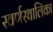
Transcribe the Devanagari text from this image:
स्वर्णस्थालिका